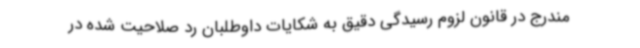
مندرج در قانون لزوم رسیدگی دقیق به شکایات داوطلبان رد صلاحیت شده در